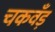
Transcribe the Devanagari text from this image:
चकवँड़